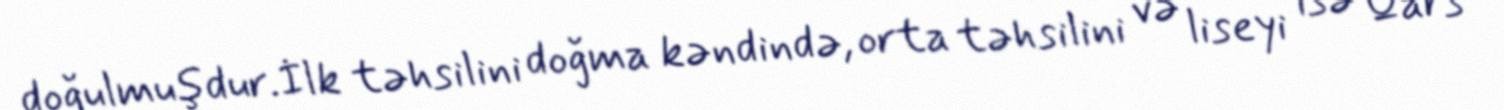
doğulmuşdur.İlk təhsilini doğma kəndində, orta təhsilini və liseyi isə Qars